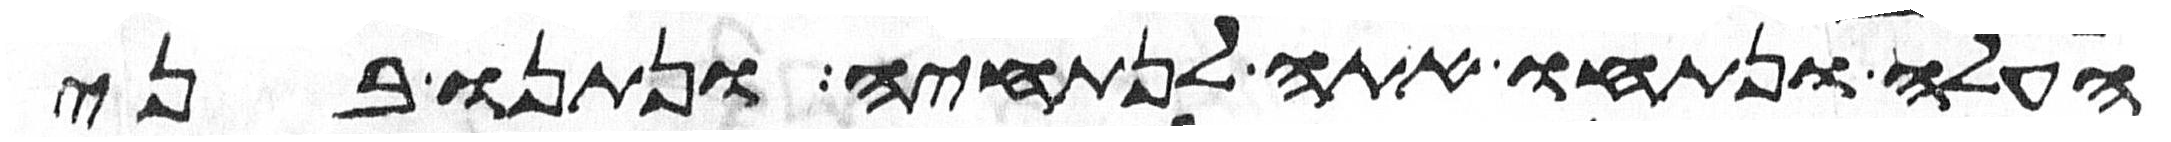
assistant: העלה ונתחו אתה לנתחיה ונתנו בני